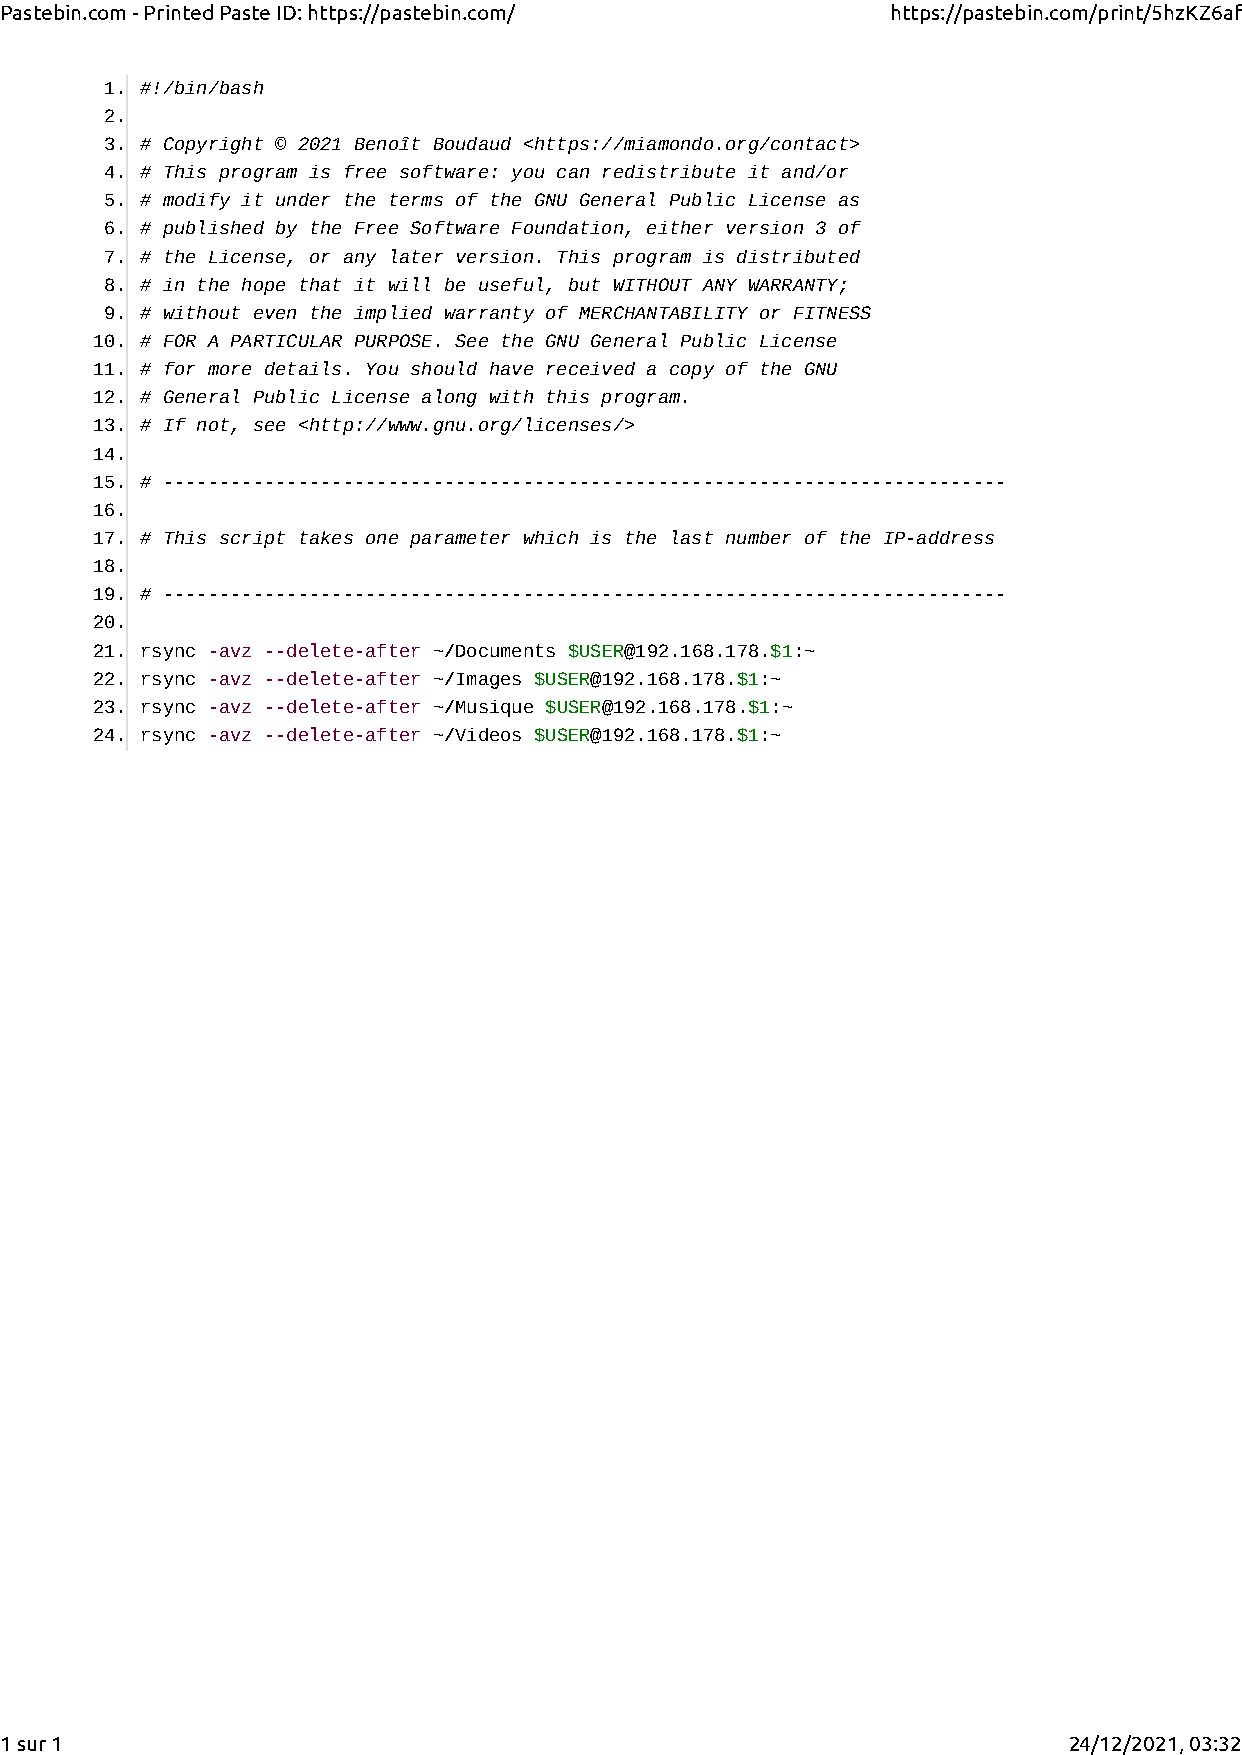
Pastebin.com - Printed Paste ID: https://pastebin.com/     https://pastebin.com/print/5hzKZ6af
 1. #!/bin/bash
 2.
 3. # Copyright © 2021 Benoît Boudaud <https://miamondo.org/contact>
 4. # This program is free software: you can redistribute it and/or
 5. # modify it under the terms of the GNU General Public License as
 6. # published by the Free Software Foundation, either version 3 of
 7. # the License, or any later version. This program is distributed
 8. # in the hope that it will be useful, but WITHOUT ANY WARRANTY;
 9. # without even the implied warranty of MERCHANTABILITY or FITNESS
 10. # FOR A PARTICULAR PURPOSE. See the GNU General Public License
 11. # for more details. You should have received a copy of the GNU
 12. # General Public License along with this program.
 13. # If not, see <http://www.gnu.org/licenses/>
 14.
 15. # ---------------------------------------------------------------------------
 16.
 17. # This script takes one parameter which is the last number of the IP-address
 18.
 19. # ---------------------------------------------------------------------------
 20.
 21. rsync -avz --delete-after ~/Documents $USER@192.168.178.$1:~
 22. rsync -avz --delete-after ~/Images $USER@192.168.178.$1:~
 23. rsync -avz --delete-after ~/Musique $USER@192.168.178.$1:~
 24. rsync -avz --delete-after ~/Videos $USER@192.168.178.$1:~
 1 sur 1                                                                24/12/2021, 03:32